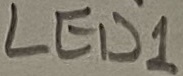
Text: LED1